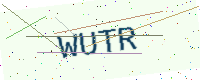
Text: WUTR